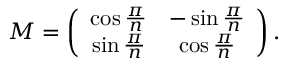
M = \left( \begin{array} { c c } { { \cos \frac { \pi } { n } } } & { { - \sin \frac { \pi } { n } } } \\ { { \sin \frac { \pi } { n } } } & { { \cos \frac { \pi } { n } } } \end{array} \right) .